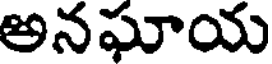
అనఘాయ